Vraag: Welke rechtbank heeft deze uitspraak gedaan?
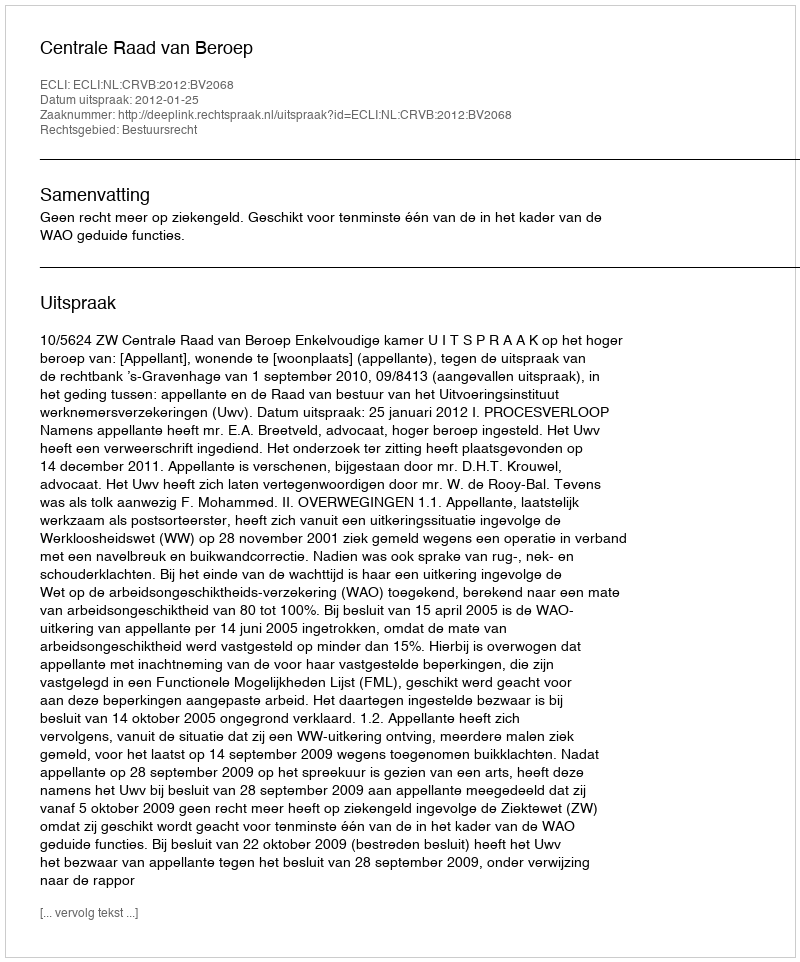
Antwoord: Centrale Raad van Beroep